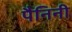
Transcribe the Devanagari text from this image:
पैनिनी